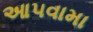
આ૫વામા